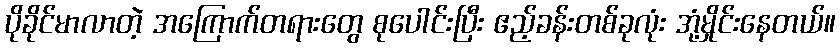
ပိုခိုင်မာလာတဲ့ အကြောက်တရားတွေ စုပေါင်းပြီး ဧည့်ခန်းတစ်ခုလုံး အုံ့မှိုင်းနေတယ်။